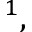
^ 1 ,